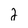
Character: 2